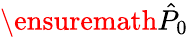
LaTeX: \ensuremath{\hat{P}}_{0}